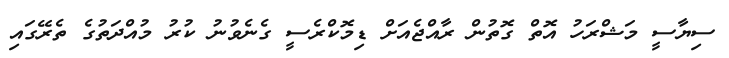
ސިޔާސީ މަޝްރަހު އޮތް ގޮތުން ރާއްޖެއަށް ޑިމޮކްރެސީ ގެނެވުނު ކުރު މުއްދަތުގެ ތެރޭގައި